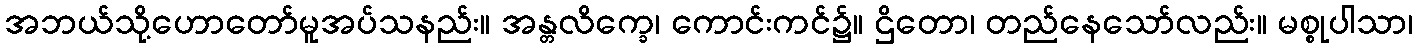
အဘယ်သို့ဟောတော်မူအပ်သနည်း။ အန္တလိက္ခေ၊ ကောင်းကင်၌။ ဌိတော၊ တည်နေသော်လည်း။ မစ္စုပါသာ၊